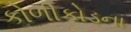
કોળીકોડના